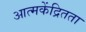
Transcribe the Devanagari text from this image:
आत्मकेंद्रितता